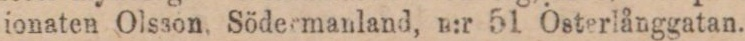
ionaten Olsson. Södermanland, n:r 51 Österlånggatan.